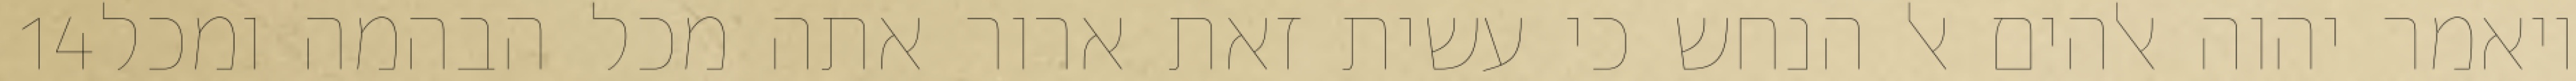
‎14‏ ויאמר יהוה אלהים אל הנחש כי עשית זאת ארור אתה מכל הבהמה ומכל